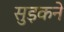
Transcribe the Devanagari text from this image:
सुड़कने